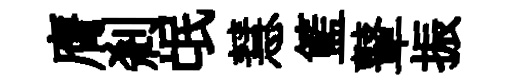
膺剎氓慧籃鼙振